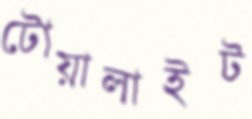
টোয়ালাইট